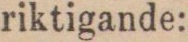
riktigande: